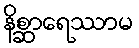
နိစ္ဆာရေဿာမ